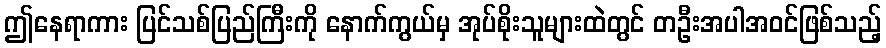
ဤနေရာကား ပြင်သစ်ပြည်ကြီးကို နောက်ကွယ်မှ အုပ်စိုးသူများထဲတွင် တဦးအပါအဝင်ဖြစ်သည့်